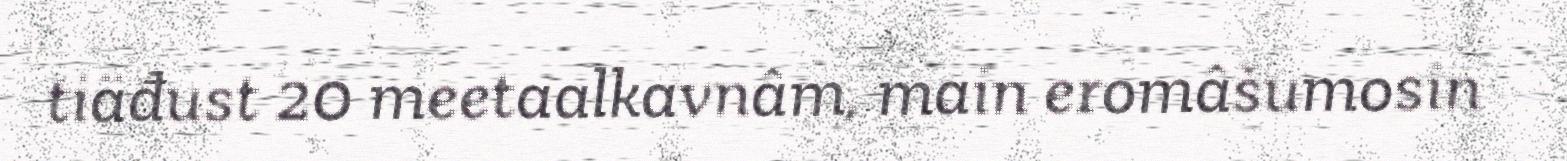
tiäđust 20 meetaalkavnâm, main eromâšumosin